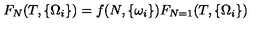
F _ { N } ( T , \{ \Omega _ { i } \} ) = f ( N , \{ \omega _ { i } \} ) F _ { N = 1 } ( T , \{ \Omega _ { i } \} )